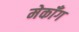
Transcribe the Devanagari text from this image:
मेकॉँग